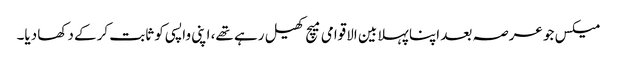
میکس جو عرصہ بعد اپنا پہلا بین الاقوامی میچ کھیل رہے تھے، اپنی واپسی کو ثابت کرکے دکھا دیا۔